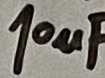
Text: 10µF